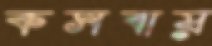
কসবায়